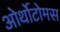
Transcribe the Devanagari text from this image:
ओर्थोटोमस